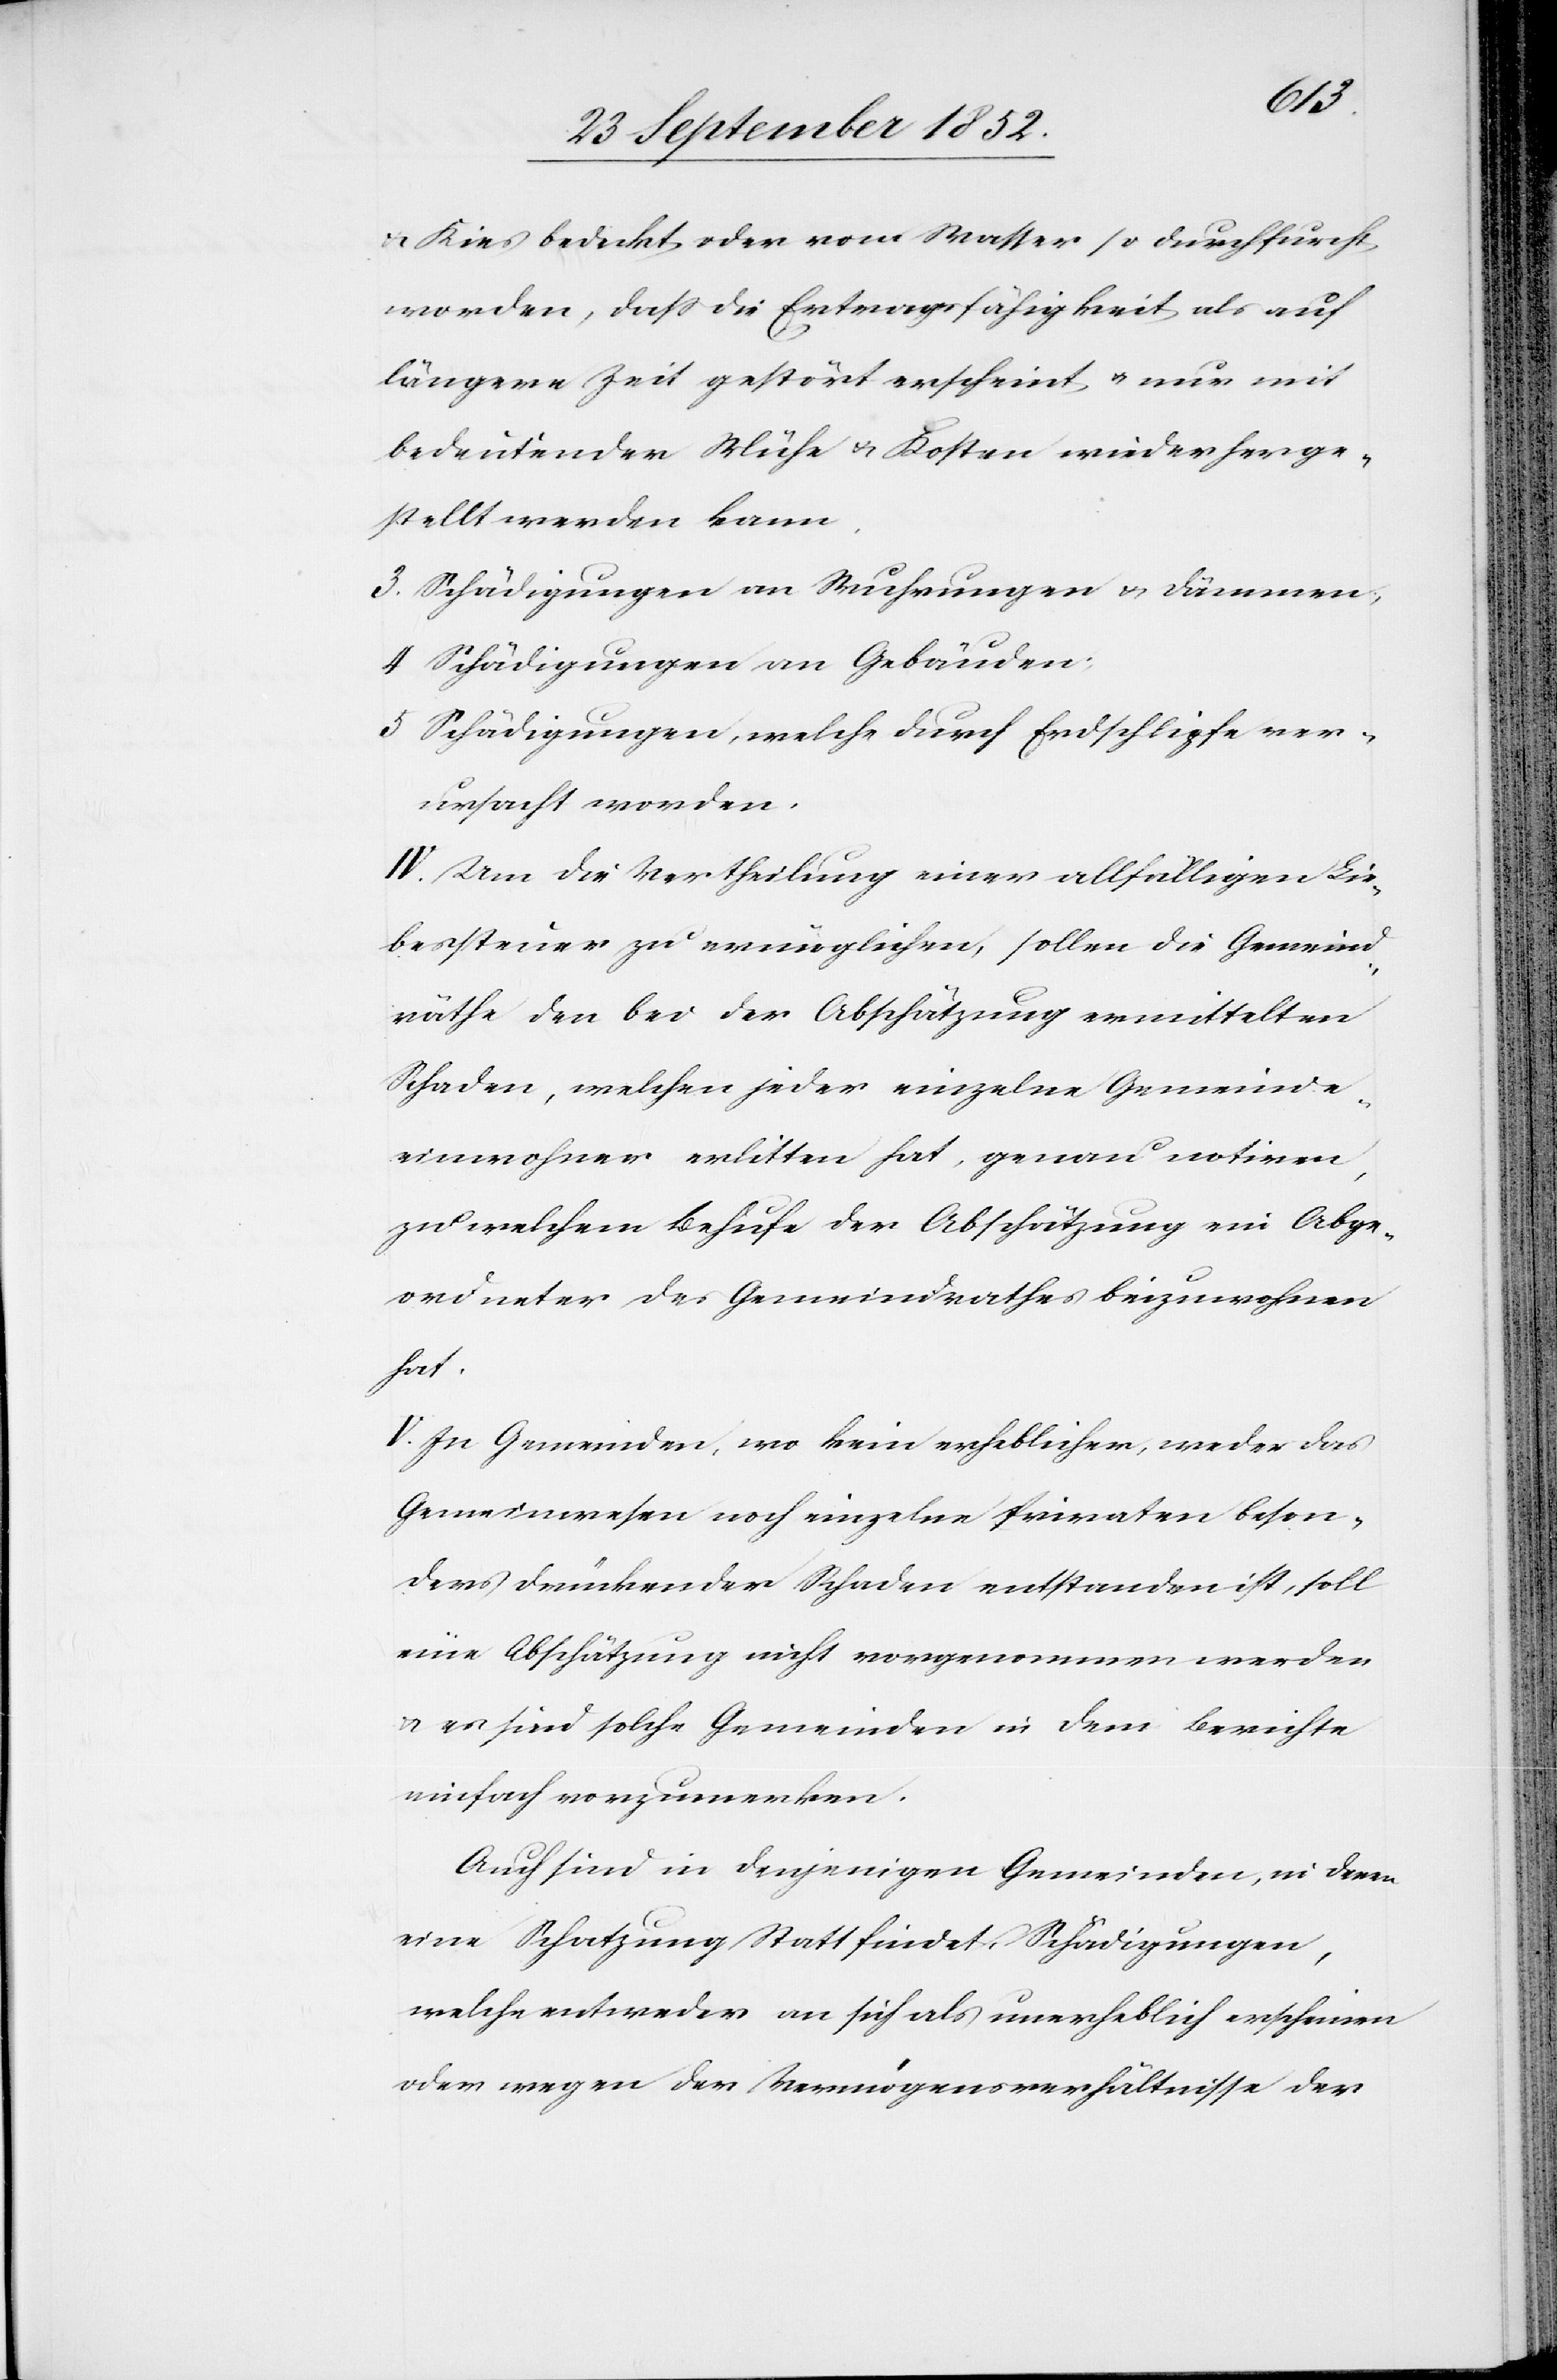
& Kies bedeckt oder vom Wasser so durchfurcht
worden, dass die Ertragsfähigkeit als auf
längere Zeit gestört erscheint & nur mit
bedeutender Mühe & Kosten wiederherge¬
stellt werden kann.
Schädigungen an Wuhrungen & Dämmen;
Schädigungen an Gebäuden;
Schädigungen, welche durch Erdschlipfe ver¬
ursacht worden.
IV. Um die Vertheilung einer allfälligen Lie¬
bessteuer zu ermöglichen, sollen die Gemeind¬
räthe den bei der Abschätzung ermittelten
Schaden, welchen jeder einzelne Gemeinde¬
einwohner erlitten hat, genau notiren,
zu welchem Behufe der Abschätzung ein Abge¬
ordneter des Gemeindrathes beizuwohnen
hat.
V. In Gemeinden, wo kein erheblicher, weder das
Gemeinwesen noch einzelne Privaten beson¬
ders drückender Schaden entstanden ist, soll
eine Abschätzung nicht vorgenommen werden
& es sind solche Gemeinden in dem Berichte
einfach vorzumerken.
Auch sind in denjenigen Gemeinden, in denen
eine Schatzung Statt findet, Schädigungen,
welche entweder an sich als unerheblich erscheinen
oder wegen der Vermögensverhältnisse der